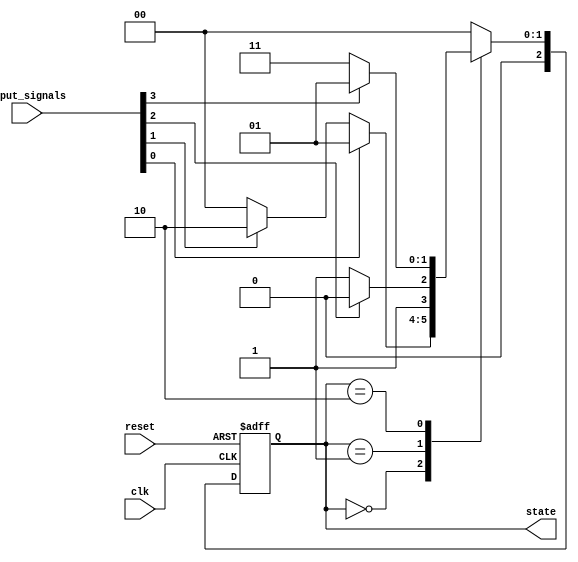
module StateMachine (
    input wire clk,
    input wire reset,
    input wire [N-1:0] input_signals,
    output wire [M-1:0] state
);

parameter N = 4;
parameter M = 3;
parameter IDLE_STATE = 3'b000;
parameter STATE1 = 3'b001;
parameter STATE2 = 3'b010;
parameter STATE3 = 3'b011;

reg [M-1:0] current_state;
reg [M-1:0] next_state;

always @(posedge clk or posedge reset) begin
    if (reset) begin
        current_state <= IDLE_STATE;
    end else begin
        current_state <= next_state;
    end
end

always @* begin
    case (current_state)
        IDLE_STATE: begin
            if (input_signals[0] == 1'b1) begin
                next_state = STATE1;
            end else if (input_signals[1] == 1'b1) begin
                next_state = STATE2;
            end else begin
                next_state = IDLE_STATE;
            end
        end
        STATE1: begin
            if (input_signals[2] == 1'b1) begin
                next_state = STATE2;
            end else begin
                next_state = STATE3;
            end
        end
        STATE2: begin
            if (input_signals[3] == 1'b1) begin
                next_state = STATE1;
            end else begin
                next_state = STATE3;
            end
        end
        STATE3: begin
            next_state = IDLE_STATE;
        end
        default: begin
            next_state = IDLE_STATE;
        end
    endcase
end

assign state = current_state;

endmodule